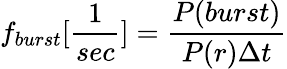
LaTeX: f_{burst}[\frac{1}{sec}]=\frac{P(burst)}{P(r)\Delta t}